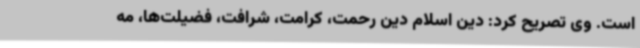
است. وی تصریح کرد: دین اسلام دین رحمت، کرامت، شرافت، فضیلت‌ها، مه